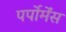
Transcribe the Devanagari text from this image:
पर्पोर्मेंस